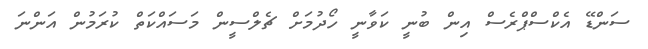
ސަންޑޭ އެކްސްޕްރެސް އިން ބުނީ ކަވާނީ ހޯދުމަށް ޗެލްސީން މަސައްކަތް ކުރަމުން އަންނަ